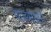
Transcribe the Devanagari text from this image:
वाङमयाने